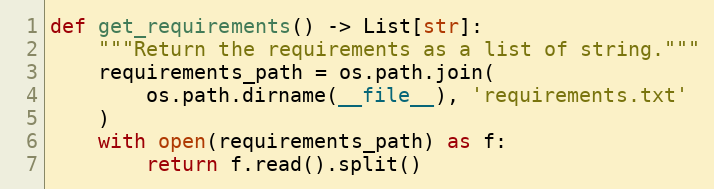
Language: Python
def get_requirements() -> List[str]:
    """Return the requirements as a list of string."""
    requirements_path = os.path.join(
        os.path.dirname(__file__), 'requirements.txt'
    )
    with open(requirements_path) as f:
        return f.read().split()